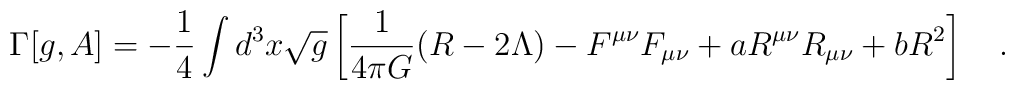
\Gamma[g,A]=-\frac 14 \int d^3x\sqrt{g}\left[{1 \over 4\pi G}(R-2\Lambda) -F^{\mu\nu}F_{\mu\nu}+aR^{\mu\nu}R_{\mu\nu}+b R^2\right]~~~.